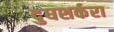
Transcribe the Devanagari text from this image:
दुघशर्करा